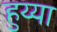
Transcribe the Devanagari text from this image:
हुय्या